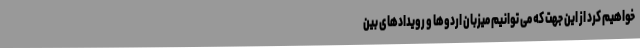
خواهیم کرد از این جهت که می توانیم میزبان اردوها و رویدادهای بین